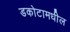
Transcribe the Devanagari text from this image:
डकोटामधील